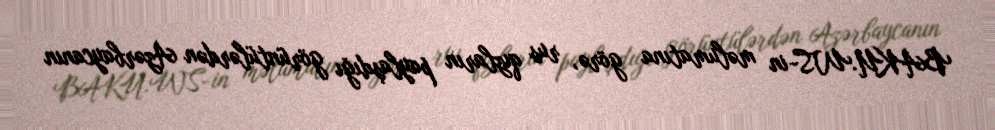
BAKU.WS-in məlumatına görə, rus qızların paylaşdığı görüntülərdən Azərbaycanın